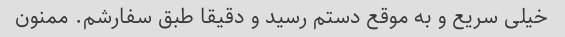
خیلی سریع و به موقع دستم رسید و دقیقا طبق سفارشم. ممنون